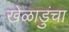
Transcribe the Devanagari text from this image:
खेळाडुंचा